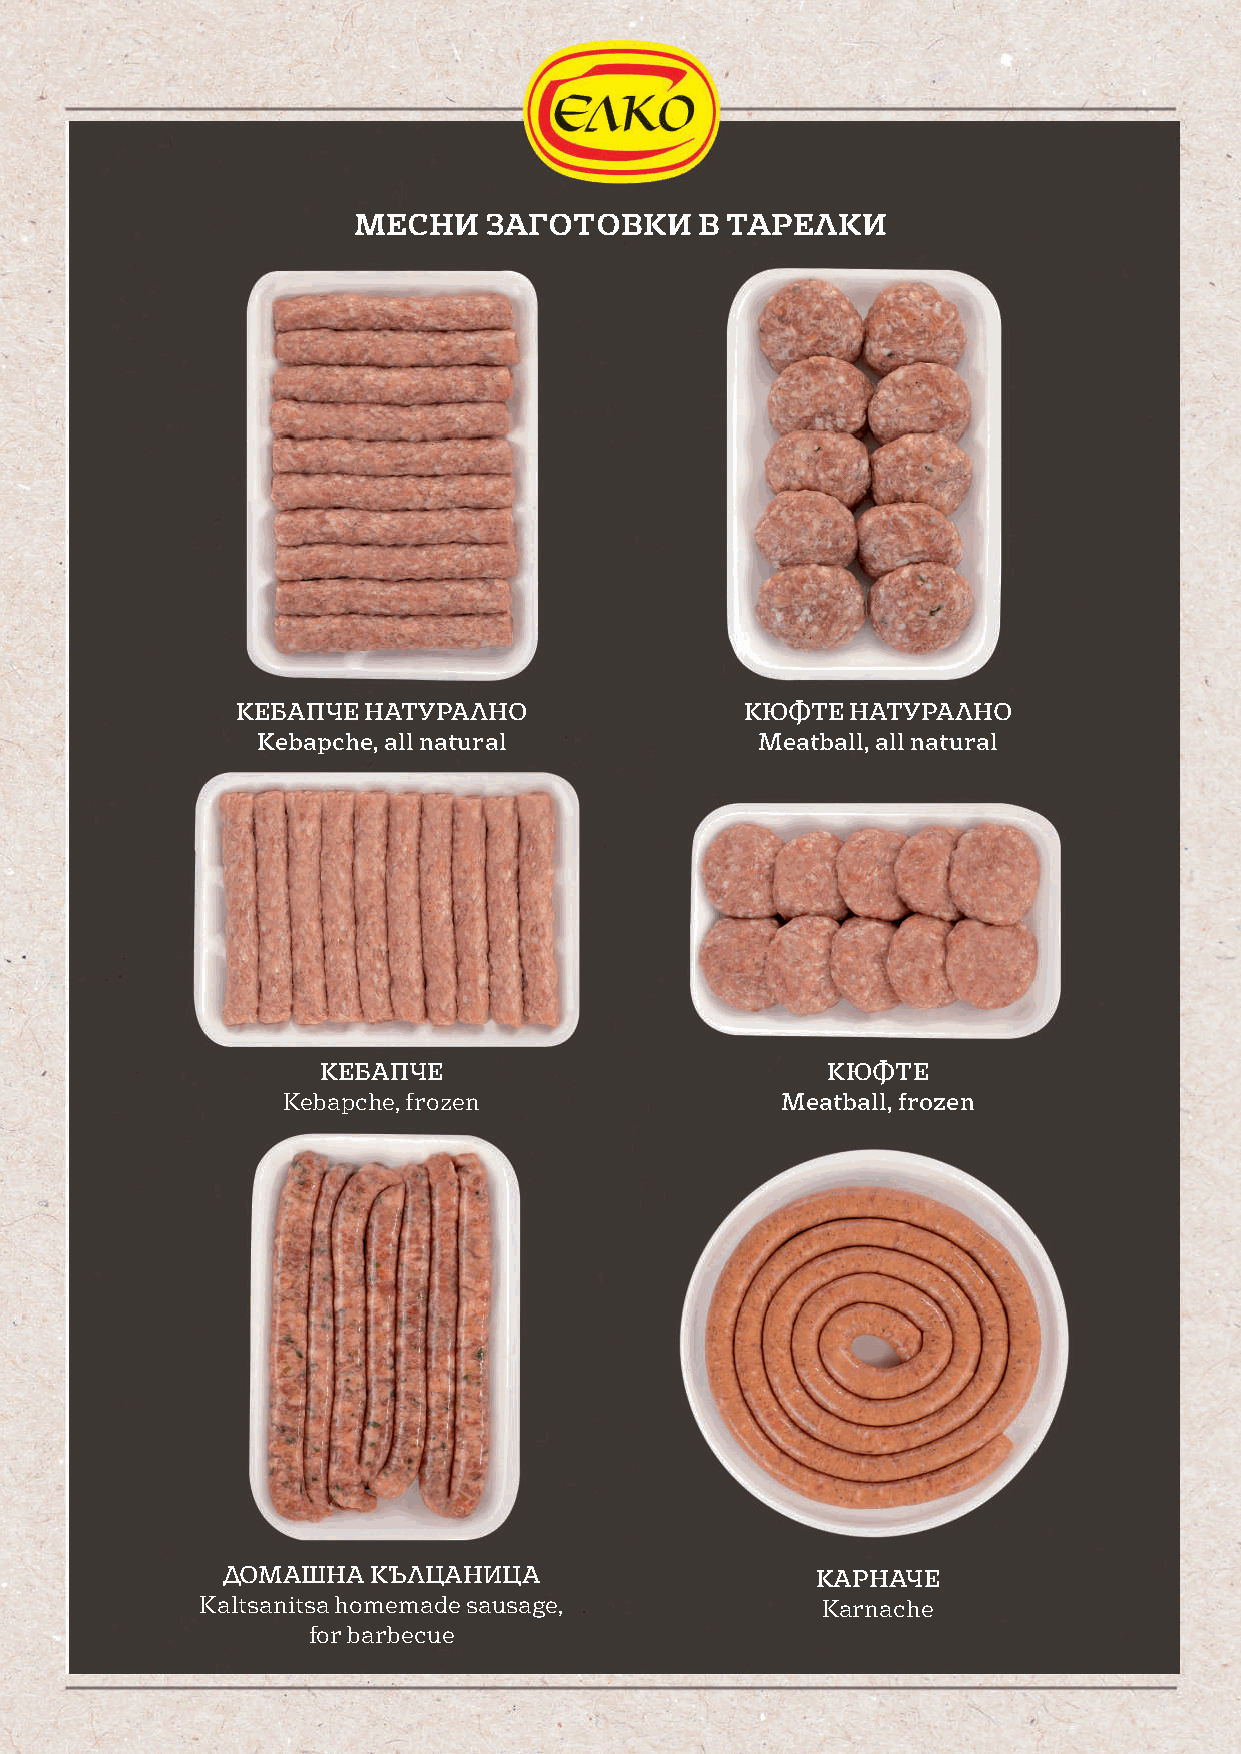
МЕСНИ    ЗАГОТОВКИ     В ТАРЕЛКИ
 КЕБАПЧЕ НАТУРАЛНО                КЮФТЕ  НАТУРАЛНО
 Kebapche, all natural            Meatball, all natural
 КЕБАПЧЕ                           КЮФТЕ
 Kebapche, frozen                 Meatball, frozen
 ДОМАШНА   КЪЛЦАНИЦА                    КАРНАЧЕ
 Kaltsanitsa homemade sausage,            Karnache
 for barbecue